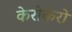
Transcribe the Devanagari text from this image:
केरोकेरो